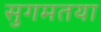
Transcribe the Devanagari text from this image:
सुगमतया